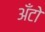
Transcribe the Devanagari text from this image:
अँटो